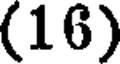
(16)